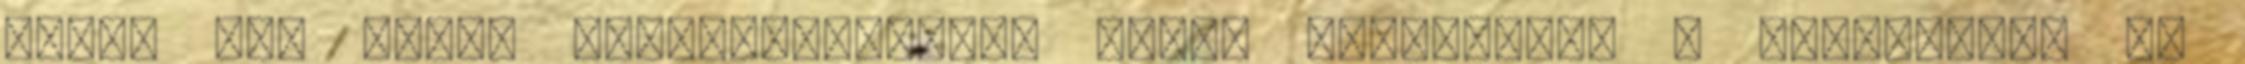
eleji nap által fellangyosított vizét merítettem a tenyerembe és